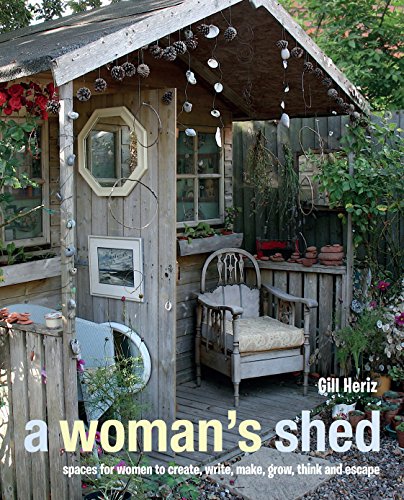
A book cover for A Woman's Shed; Gill Heriz; Crafts, Hobbies & Home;